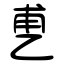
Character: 乶